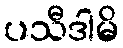
ပသီဒါမိ